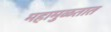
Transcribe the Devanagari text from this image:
महामुळतात